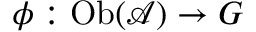
\phi : \mathrm { O b } ( { \mathcal { A } } ) \to G